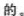
的。